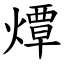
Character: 燂